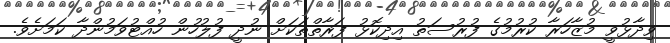
ވިދާޅުވީ މުޒާހަރާ ކުރުމުގެ ފުރުސަތު އިދިކޮޅު ފަރާތްތަކަށް ނުދީ ފުލުހުން ހުއްޓުވަމުންދާ ކަަމަށެވެ.